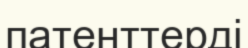
патенттерді